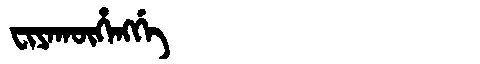
Manchu: ᠸᡳᠶᠠᡴᡡᡥᠠᠩᡤᡝ
Romanization: FIYAKŪHANGGE